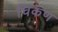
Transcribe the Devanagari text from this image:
चिकण